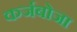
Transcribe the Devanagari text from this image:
कर्जबोजा